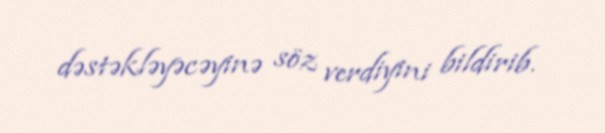
dəstəkləyəcəyinə söz verdiyini bildirib.